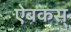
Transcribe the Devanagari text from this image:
ऐबकस्